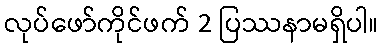
လုပ်ဖော်ကိုင်ဖက် 2 ပြဿနာမရှိပါ။